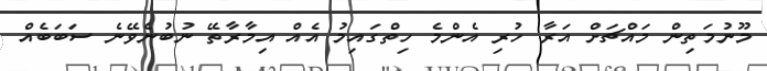
މޫނުމަތިން މައްޗަށް އަރާ ހުރި އެންމެ ހިތްގައިމު އެއް އިމާރާތޭ ނުބުނެވޭނެ ސަބަބެއް